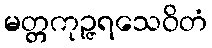
မတ္တကုဉ္ဇရသေဝိတံ